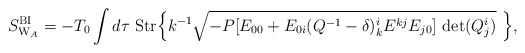
\begin{align*}S^{\rm BI}_{{\rm W}_A}=-T_0\int d\tau~ {\rm Str}\Bigl\{ k^{-1}\sqrt{-P[E_{00}+E_{0i}(Q^{-1}-\delta)^i_kE^{kj}E_{j0}] \ {\rm det} (Q^i_j )}\ \Bigr\},\end{align*}